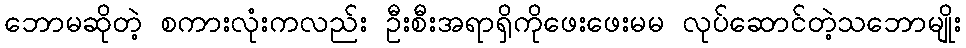
ဘောမဆိုတဲ့ စကားလုံးကလည်း ဦးစီးအရာရှိကိုဖေးဖေးမမ လုပ်ဆောင်တဲ့သဘောမျိုး